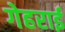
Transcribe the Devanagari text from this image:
गेहराई